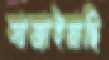
সাজাইয়াছি